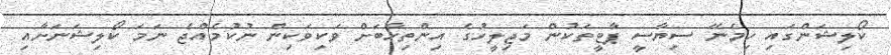
ކޯލިޝަންގައި ހިމެނޭ ސިޔާސީ ޕާޓީތަކުން މަޖިލީހުގެ އިންތިހާބަށް ވަކިވަކިން ނުކުމެއްޖެ ނަމަ ކޯލިޝަނަށާއި